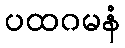
ပထဂမနံ